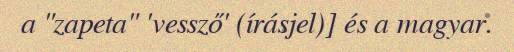
a "zapeta" 'vessző' (írásjel)] és a magyar.